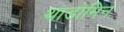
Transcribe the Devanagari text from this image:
थाडोमिन